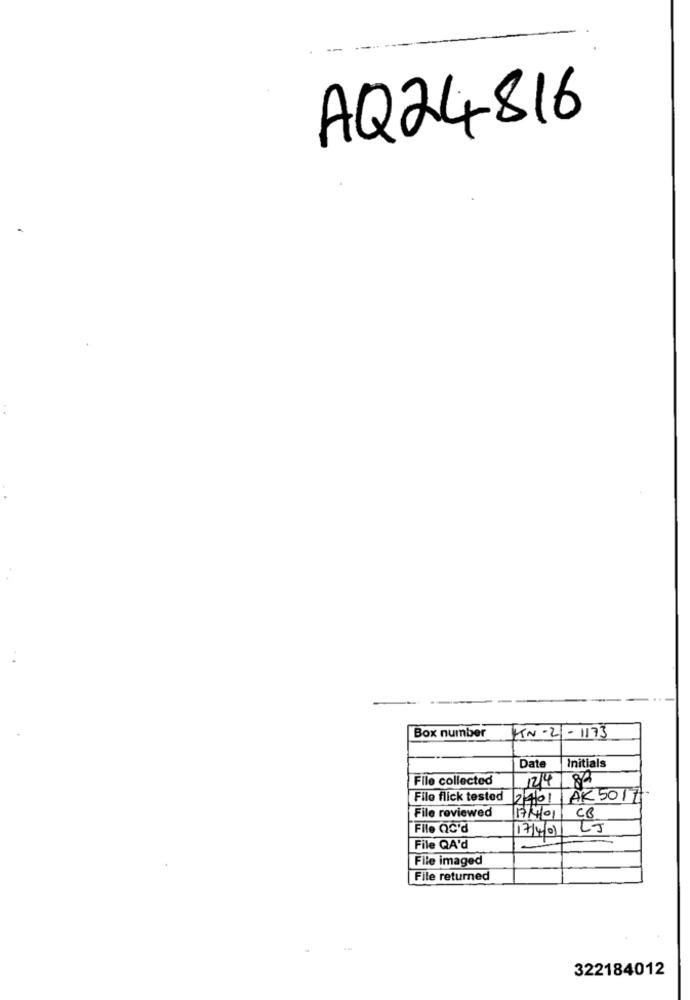
AQ24816
Box number
KN-2 - 1173
Date
Initials
File collected
124
84
Filo flick tested
27/01
AK 5017
17/40
File reviewed
CB
File QC'd
LJ
File QA'd
File imaged
File returned
322184012